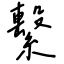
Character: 繫